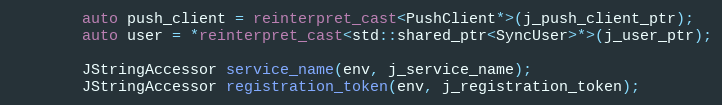
Language: C++
        auto push_client = reinterpret_cast<PushClient*>(j_push_client_ptr);
        auto user = *reinterpret_cast<std::shared_ptr<SyncUser>*>(j_user_ptr);

        JStringAccessor service_name(env, j_service_name);
        JStringAccessor registration_token(env, j_registration_token);